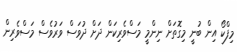
މިފްކޯ އިން ބުނީ މިގޮތަށް ނިންމީ މަސްވެރިކަން ދަށް ދުވަސް ވަރުވެސް މަސްވެރިން